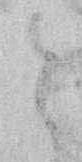
と